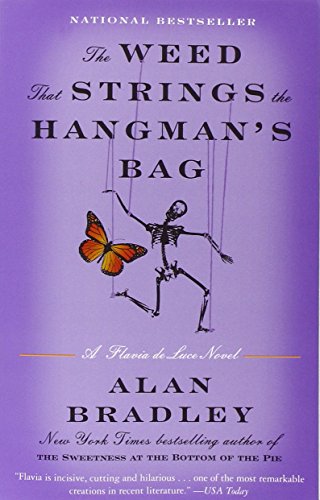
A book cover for The Weed That Strings the Hangman's Bag: A Flavia de Luce Novel; Alan Bradley; Mystery, Thriller & Suspense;